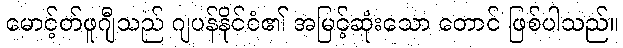
မောင့်တ်ဖူဂျီသည် ဂျပန်နိုင်ငံ၏ အမြင့်ဆုံးသော တောင် ဖြစ်ပါသည်။